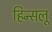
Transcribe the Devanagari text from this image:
हिन्सलू